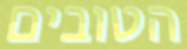
הטובים